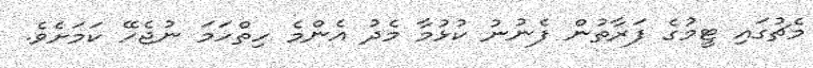
މެޗުގައި ޓީމުގެ ފަރާތުން ފެނުނު ކުޅުމާ މެދު އެންމެ ހިތްހަމަ ނުޖެހޭ ކަމަށެވެ.